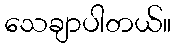
သေချာပါတယ်။